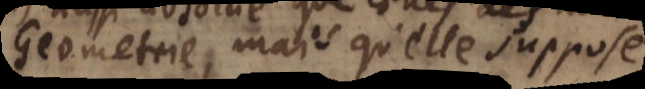
Geometrie, mais qu’elle suppose